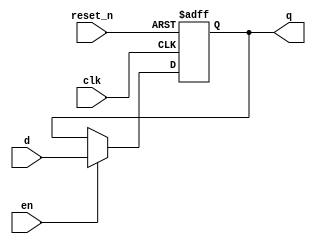
module _dff_r_en(clk, reset_n, en, d, q); // this module makes resettable and en d flip flop 
input clk, reset_n, en, d; // define input clk, reset_n, en, d. reset_n is active low
output reg q;// define output q and reg q

always @ (posedge clk or negedge reset_n) // Only flip flops must be created using the always statement.
begin 
	if(reset_n == 0) q <= 1'b0; // reset is active low
	else if(en) q <=d; // en is 1 write mode
	else q <= q;
end

endmodule // end of module